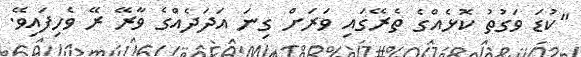
"ކުޑަ ވަގުތު ކޮޅެއްގެ ތެރޭގައި ވަރަށް ގިނަ އަދަދެއްގެ ވާރޭ ރޭ ވެހިފައިވޭ.